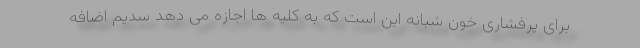
برای پرفشاری خون شبانه این است که به کلیه ها اجازه می دهد سدیم اضافه